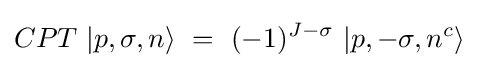
CPT\ |p,\sigma ,n\rangle \ =\ (-1)^{J-\sigma }\ |p,-\sigma ,n^{c}\rangle